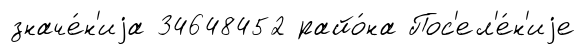
значе́н'иjа 34648452 райо́на Пос'ел'е́н'иjе